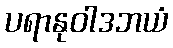
ပရာနုဝါဒဘယံ